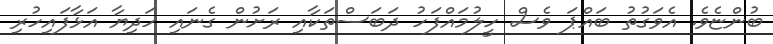
ބުންޏެވެ. އެވަގުތު ބައްޕަ ވެސް ހީލުމައްފަހު ދަބަސްތަކާއި ރަށުން ގެނައި ހަދިޔާ އަޅާފައިހުރި